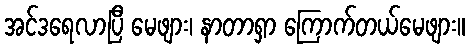
အင်ဒရေလာပြီ မေဖျား၊ နာတာရှာ ကြောက်တယ်မေဖျား။